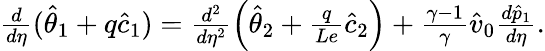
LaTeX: \begin{array}{r}{\frac{d}{d\eta}(\hat{\theta}_{1}+q\hat{c}_{1})=\frac{d^{2}}{d\eta^{2}}\left(\hat{\theta}_{2}+\frac{q}{Le}\hat{c}_{2}\right)+\frac{\gamma-1}{\gamma}\hat{v}_{0}\frac{d\hat{p}_{1}}{d\eta}.}\end{array}